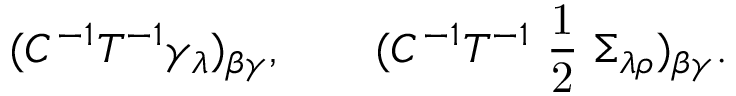
( C ^ { - 1 } T ^ { - 1 } \gamma _ { \lambda } ) _ { \beta \gamma } , \qquad ( C ^ { - 1 } T ^ { - 1 } { \mathrm { \small ~ \frac 1 2 ~ } } \Sigma _ { \lambda \rho } ) _ { \beta \gamma } .